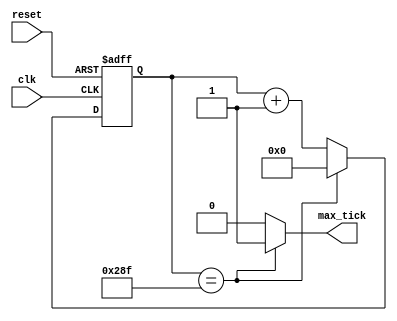
`timescale 1ns / 1ps
//////////////////////////////////////////////////////////////////////////////////
// Company: INSTITUTO TECNOLOGICO DE COSTA RICA
// 
// Design Name: 
// Module Name:    Coun_Baud 
// Project Name: 
// Target Devices: 
// Tool versions: 
// Description: Contador de Bauds, lo que genera es un tick
//////////////////////////////////////////////////////////////////////////////////
module Coun_Baud // este modo es para generar los pulsos necesarios para el modo receptor y transmisor
#(
	parameter N=10, // number of bits incounter = log2(M)
				 M=656 // mod-M Para una frecuencia de relog 100 MHZ --->9600bauds
	)					 // M se obtiene de 100MHZ/(2X8X9600)
	(
	input wire clk, reset,
	output wire max_tick
	);
	// Declaracion de Se;ales
	reg [N-1:0] r_reg=0;
	wire [N-1:0] r_next;

	// Registro de estado
	always @ (posedge clk , posedge reset)
		if (reset)
			r_reg <= 0 ;
		else
			r_reg <= r_next;
	// Logica de estado siguiente
	assign r_next = (r_reg==(M-1)) ? 0 : r_reg + 1;
	//Logica de salida
	assign max_tick = (r_reg==(M-1)) ? 1'b1 : 1'b0;


endmodule